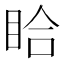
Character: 䀫